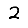
Digit: 2